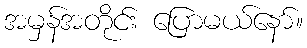
အမှန်အတိုင်း ပြောမယ်နော်။